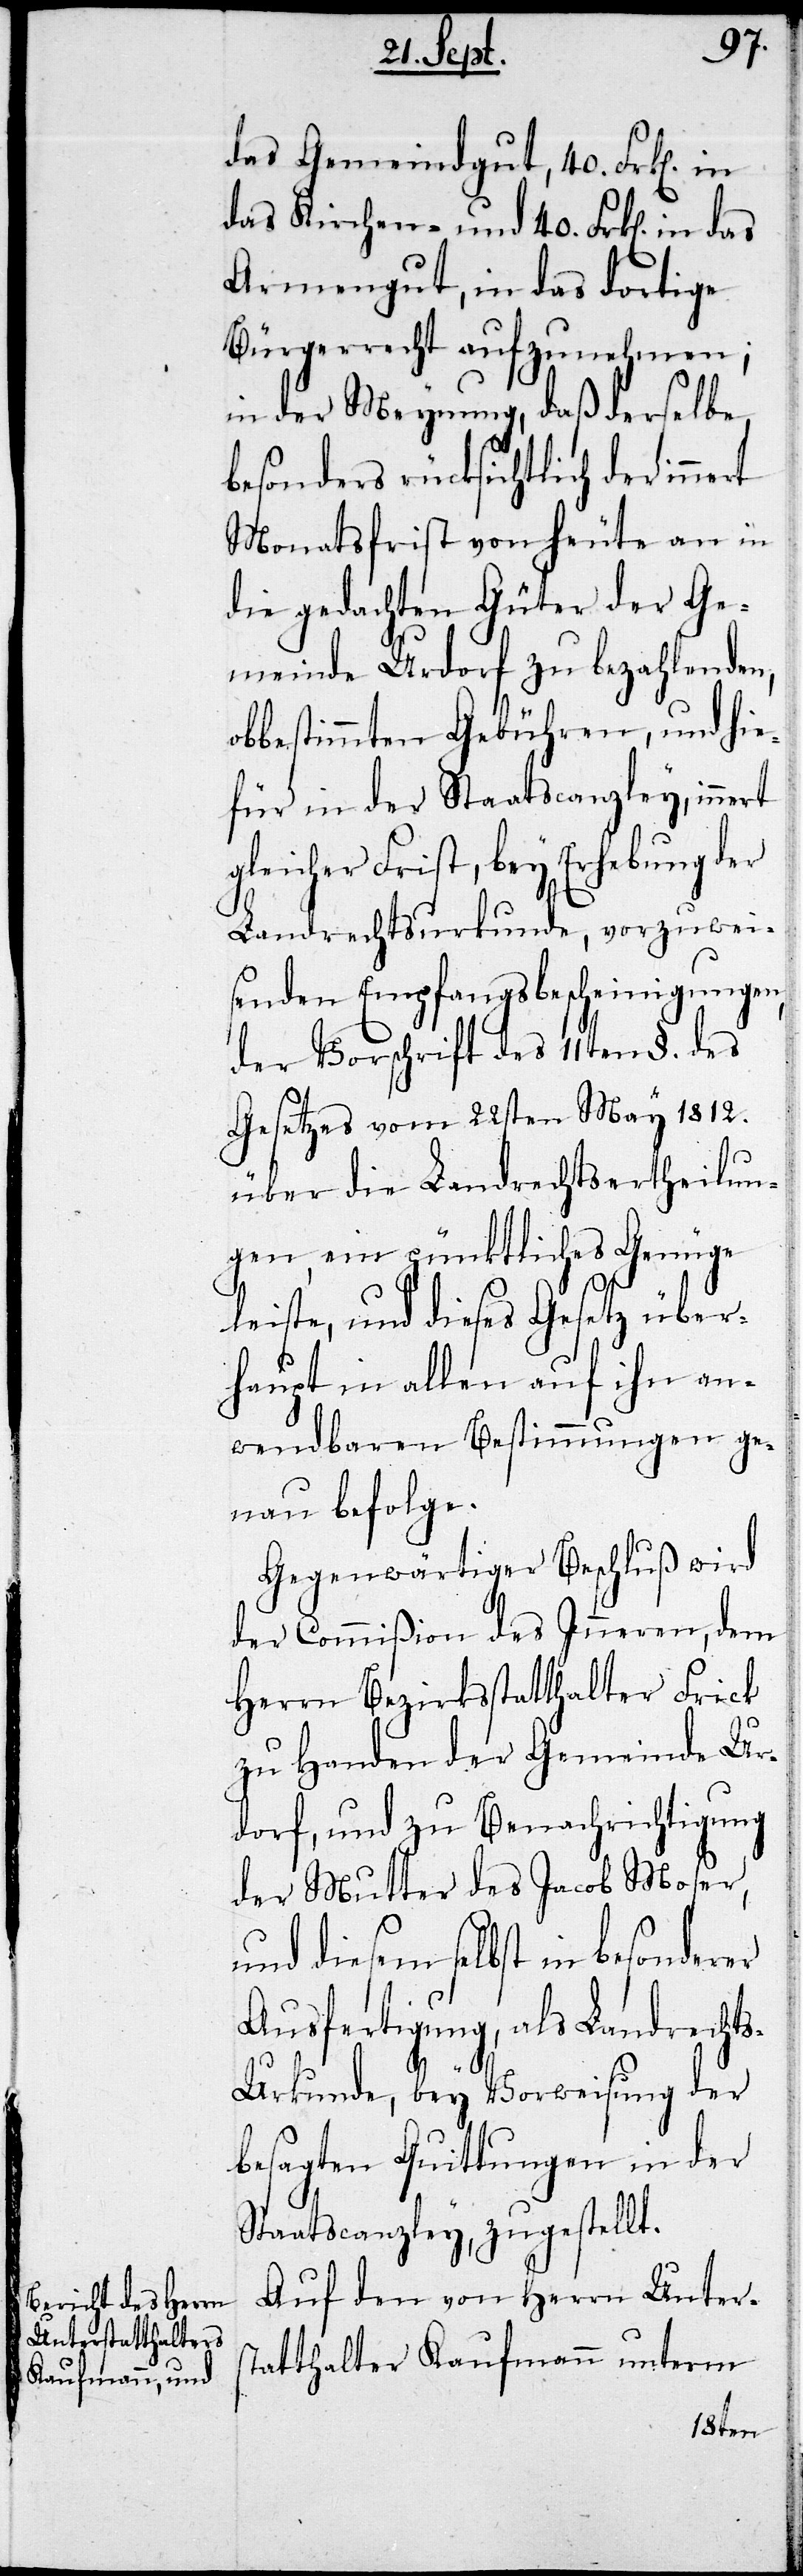
o¬
zu leis¬
das Gemeindegut, 40. Frk. in
das Kirchen- und 40. Frk. in das
Armengut, in das dortige
Bürgerrecht aufzunehmen;
in der Meynung, daß derselbe
besonders rücksichtlich der
Monatsfrist von heute an in
die gedachten Güter der Ge¬
meinde Urdorf zu bezahlenden,
bbestimmten Gebühren, und hie¬
für in der Staatscanzley, innert
gleicher Frist, bey Erhebung der
Landrechtsurkunde, vorzuwei¬
senden Empfangsbescheinigungen
der Vorschrift des 11ten §. des
Gesetzes vom 22sten May 1812.
über die Landrechtsertheilun¬
gen ein pünktliches Genüge
ten, und dieses Gesetz über¬
haupt in allen auf ihn an¬
wendbaren Bestimmungen ge¬
nau befolge.
Gegenwärtiger Beschluß wird
der Commißion des Inneren, dem
Herrn Bezirksstatthalter Frick
zu Handen der Gemeinde Ur¬
dorf, und zur Benachrichtigung
der Mutter des Jacob Moser,
und diesem selbst in besonderer
Ausfertigung, als Landrecht¬
s-Urkunde, bey Vorweisung der
besagten Quittungen in der
Staatscanzley, zugestellt.
Auf den von Herrn Unters¬
tatthalter Kaufmann unterm